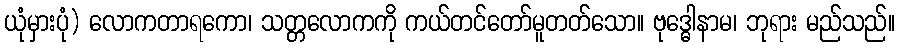
ယုံမှားပုံ) လောကတာရကော၊ သတ္တလောကကို ကယ်တင်တော်မူတတ်သော။ ဗုဒ္ဓေါနာမ၊ ဘုရား မည်သည်။